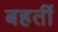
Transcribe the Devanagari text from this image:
बहतीं